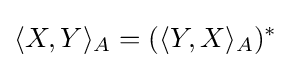
\langle X,Y\rangle _{A}=(\langle Y,X\rangle _{A})^{*}